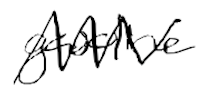
Text: gasoline
Cross-out: zig-zag
Writing tool: digital_black